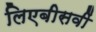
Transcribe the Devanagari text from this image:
लिएबीसवीं